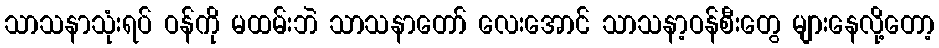
သာသနာသုံးရပ် ဝန်ကို မထမ်းဘဲ သာသနာတော် လေးအောင် သာသနာ့ဝန်စီးတွေ များနေလို့တော့